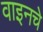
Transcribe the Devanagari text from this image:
वाइनचे